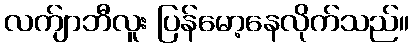
လက်ျာဘီလူး ပြန်မော့နေလိုက်သည်။